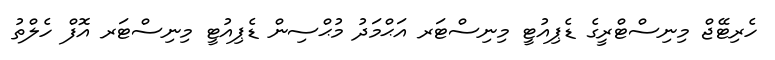
ހެރިޓޭޖް މިނިސްޓްރީގެ ޑެޕިއުޓީ މިިިނިސްޓަރ އަޙްމަދު މުޙްސިން ޑެޕިއުޓީ މިނިސްޓަރ އޮފް ހެލްތު